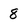
Character: 8